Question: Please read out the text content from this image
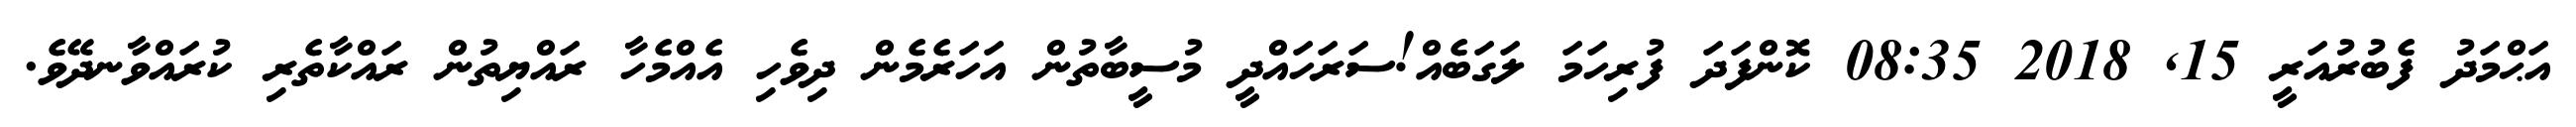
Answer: އަޙްމަދު ފެބުރުއަރީ 15, 2018 08:35 ކޮންފަދަ ފުރިހަމަ ލަގަބެއް!ސަރަހައްދީ މުސީބާތުން އަހަރެމެން ދިވެހި އެއްމެހާ ރައްޔިތުން ރައްކާތެރި ކުރައްވާނދޭވެ.